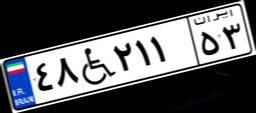
۴۸W۲۱۱۵۳